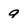
Character: 9